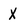
Character: X